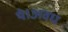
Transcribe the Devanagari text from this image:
थे।अवध